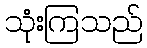
သုံးကြသည်